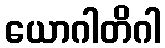
ယောဂါတိဂါ